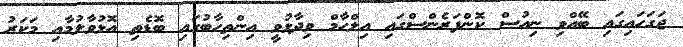
ޖަގަހައިގައި ބޭއްވި ނިއުސް ކޮންފަރެންސްގައި އިލްހާމް ވިދާޅުވީ އިންތިހާބުގައި ބޮޑެތި އޮޅުވާލުމާއި މަކަރު